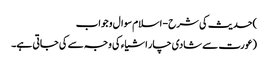
)حدیث کی شرح - اسلام سوال و جواب
(عورت سے شادی چار اشیاء کی وجہ سے کی جاتی ہے۔